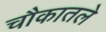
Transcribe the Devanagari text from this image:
चौकातले